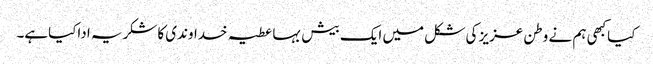
کیاکبھی ہم نے وطن عزیز کی شکل میں ایک بیش بہاعطیہ خداوندی کاشکریہ اداکیاہے۔